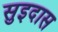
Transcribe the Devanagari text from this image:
सुइदास